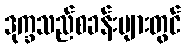
ဒုက္ခသည်စခန်းများတွင်